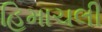
હિમાચલી